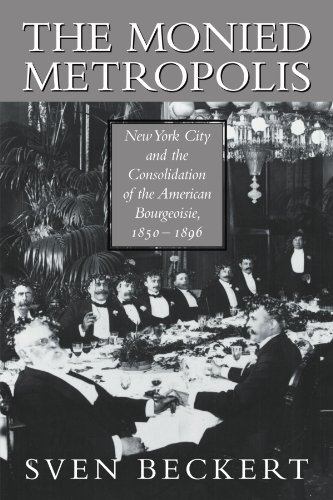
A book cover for The Monied Metropolis: New York City and the Consolidation of the American Bourgeoisie, 1850-1896; Sven Beckert; Business & Money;